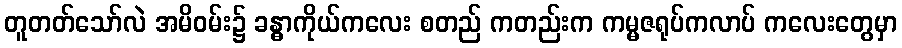
တူတတ်သော်လဲ အမိဝမ်း၌ ခန္ဓာကိုယ်ကလေး စတည် ကတည်းက ကမ္မဇရုပ်ကလာပ် ကလေးတွေမှာ